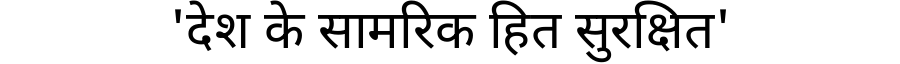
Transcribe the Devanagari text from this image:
'देश के सामरिक हित सुरक्षित'